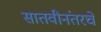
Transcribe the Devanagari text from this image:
सातवीनंतरचे